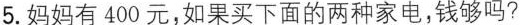
5.妈妈有400元，如果买下面的两种家电，钱够吗?